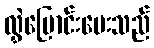
လွှဲပြောင်းပေးသည်